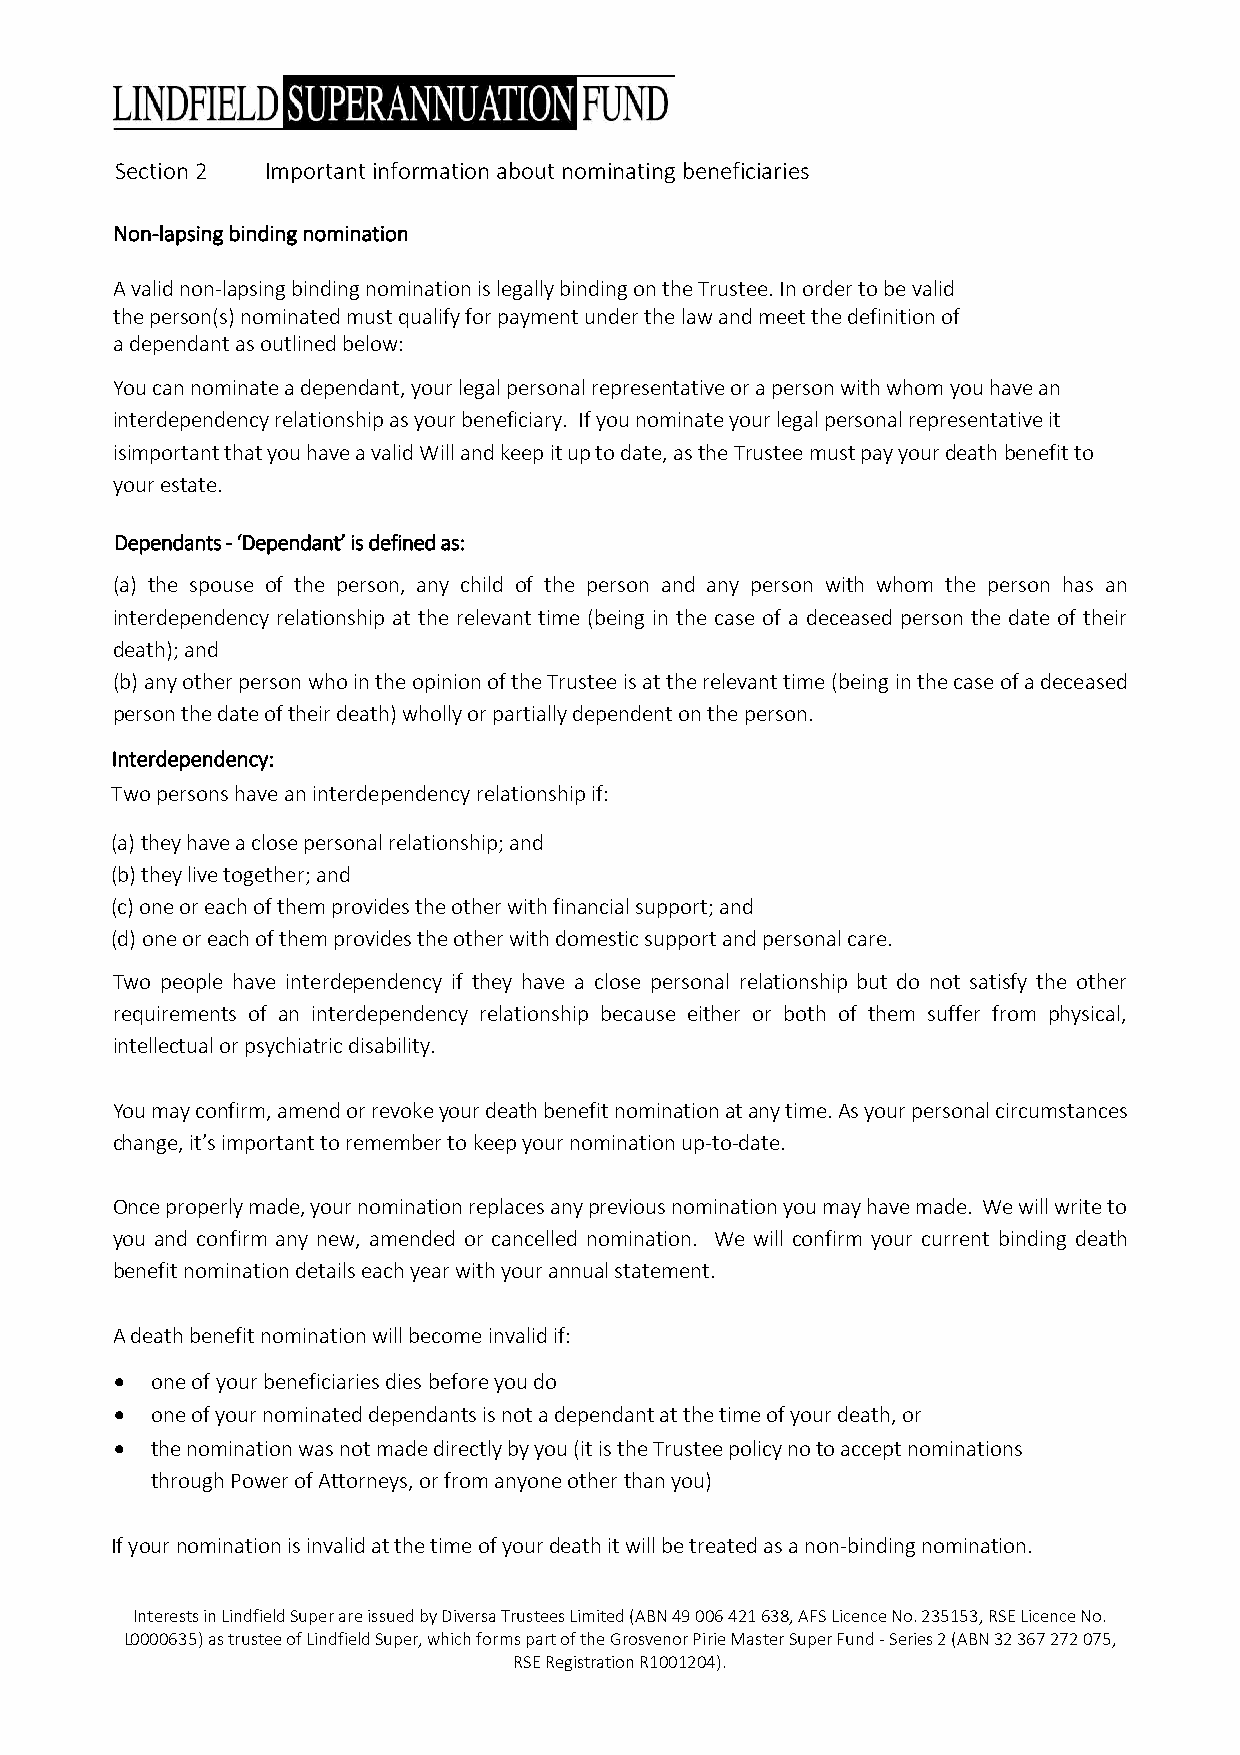
Section 2 Important information about nominating beneficiaries
 Non-lapsing binding nomination
 A valid non-lapsing binding nomination is legally binding on the Trustee. In order to be valid
 the person(s) nominated must qualify for payment under the law and meet the definition of
 a dependant as outlined below:
 You can nominate a dependant, your legal personal representative or a person with whom you have an
 interdependency relationship as your beneficiary. If you nominate your legal personal representative it
 isimportant that you have a valid Will and keep it up to date, as the Trustee must pay your death benefit to
 your estate.
 Dependants - ‘Dependant’ is defined as:
 (a) the spouse of the person, any child of the person and any person with whom the person has an
 interdependency relationship at the relevant time (being in the case of a deceased person the date of their
 death); and
 (b)any other person who in the opinion of the Trustee is at the relevant time (being in the case of a deceased
 person the date of their death) wholly or partially dependent on the person.
 Interdependency:
 Two persons have an interdependency relationship if:
 (a)they have a close personal relationship; and
 (b)they live together; and
 (c)one or each of them provides the other with financial support; and
 (d)one or each of them provides the other with domestic support and personal care.
 Two people have interdependency if they have a close personal relationship but do not satisfy the other
 requirements of an interdependency relationship because either or both of them suffer from physical,
 intellectual or psychiatric disability.
 You may confirm, amend or revoke your death benefit nomination at any time. As your personal circumstances
 change, it’s important to remember to keep your nomination up-to-date.
 Once properly made, your nomination replaces any previous nomination you may have made. We will write to
 you and confirm any new, amended or cancelled nomination. We will confirm your current binding death
 benefit nomination details each year with your annual statement.
 A death benefit nomination will become invalid if:
 • one of your beneficiaries dies before you do
 • one of your nominated dependants is not a dependant at the time of your death, or
 • the nomination was not made directly by you (it is the Trustee policy no to accept nominations
 through Power of Attorneys, or from anyone other than you)
 If your nomination is invalid at the time of your death it will be treated as a non-binding nomination.
 Interests in Lindfield Super are issued by Diversa Trustees Limited (ABN 49 006 421 638, AFS Licence No. 235153, RSE Licence No.
 L0000635) as trustee of Lindfield Super, which forms part of the Grosvenor Pirie Master Super Fund - Series 2 (ABN 32 367 272 075,
 RSE Registration R1001204).